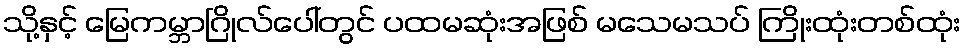
သို့နှင့် မြေကမ္ဘာဂြိုလ်ပေါ်တွင် ပထမဆုံးအဖြစ် မသေမသပ် ကြိုးထုံးတစ်ထုံး